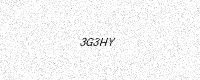
Text: 3G3HY